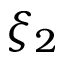
\xi _ { 2 }